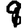
Digit: 9